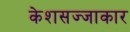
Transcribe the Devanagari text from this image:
केशसज्जाकार